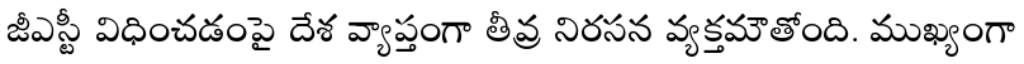
జీఎస్టీ విధించడంపై దేశ వ్యాప్తంగా తీవ్ర నిరసన వ్యక్తమౌతోంది. ముఖ్యంగా